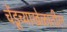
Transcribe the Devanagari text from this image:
चेंडूच्याखेळातील